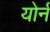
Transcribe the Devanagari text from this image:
योर्न